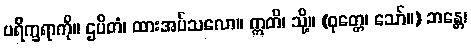
ပရိက္ခရာကို။ ဌပိတံ၊ ထားအပ်သလော။ ဣတိ၊ သို့။ (ဝုတ္တေ၊ သော်။) ဘန္တေ၊